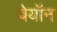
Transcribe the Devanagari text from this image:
बेयॉन